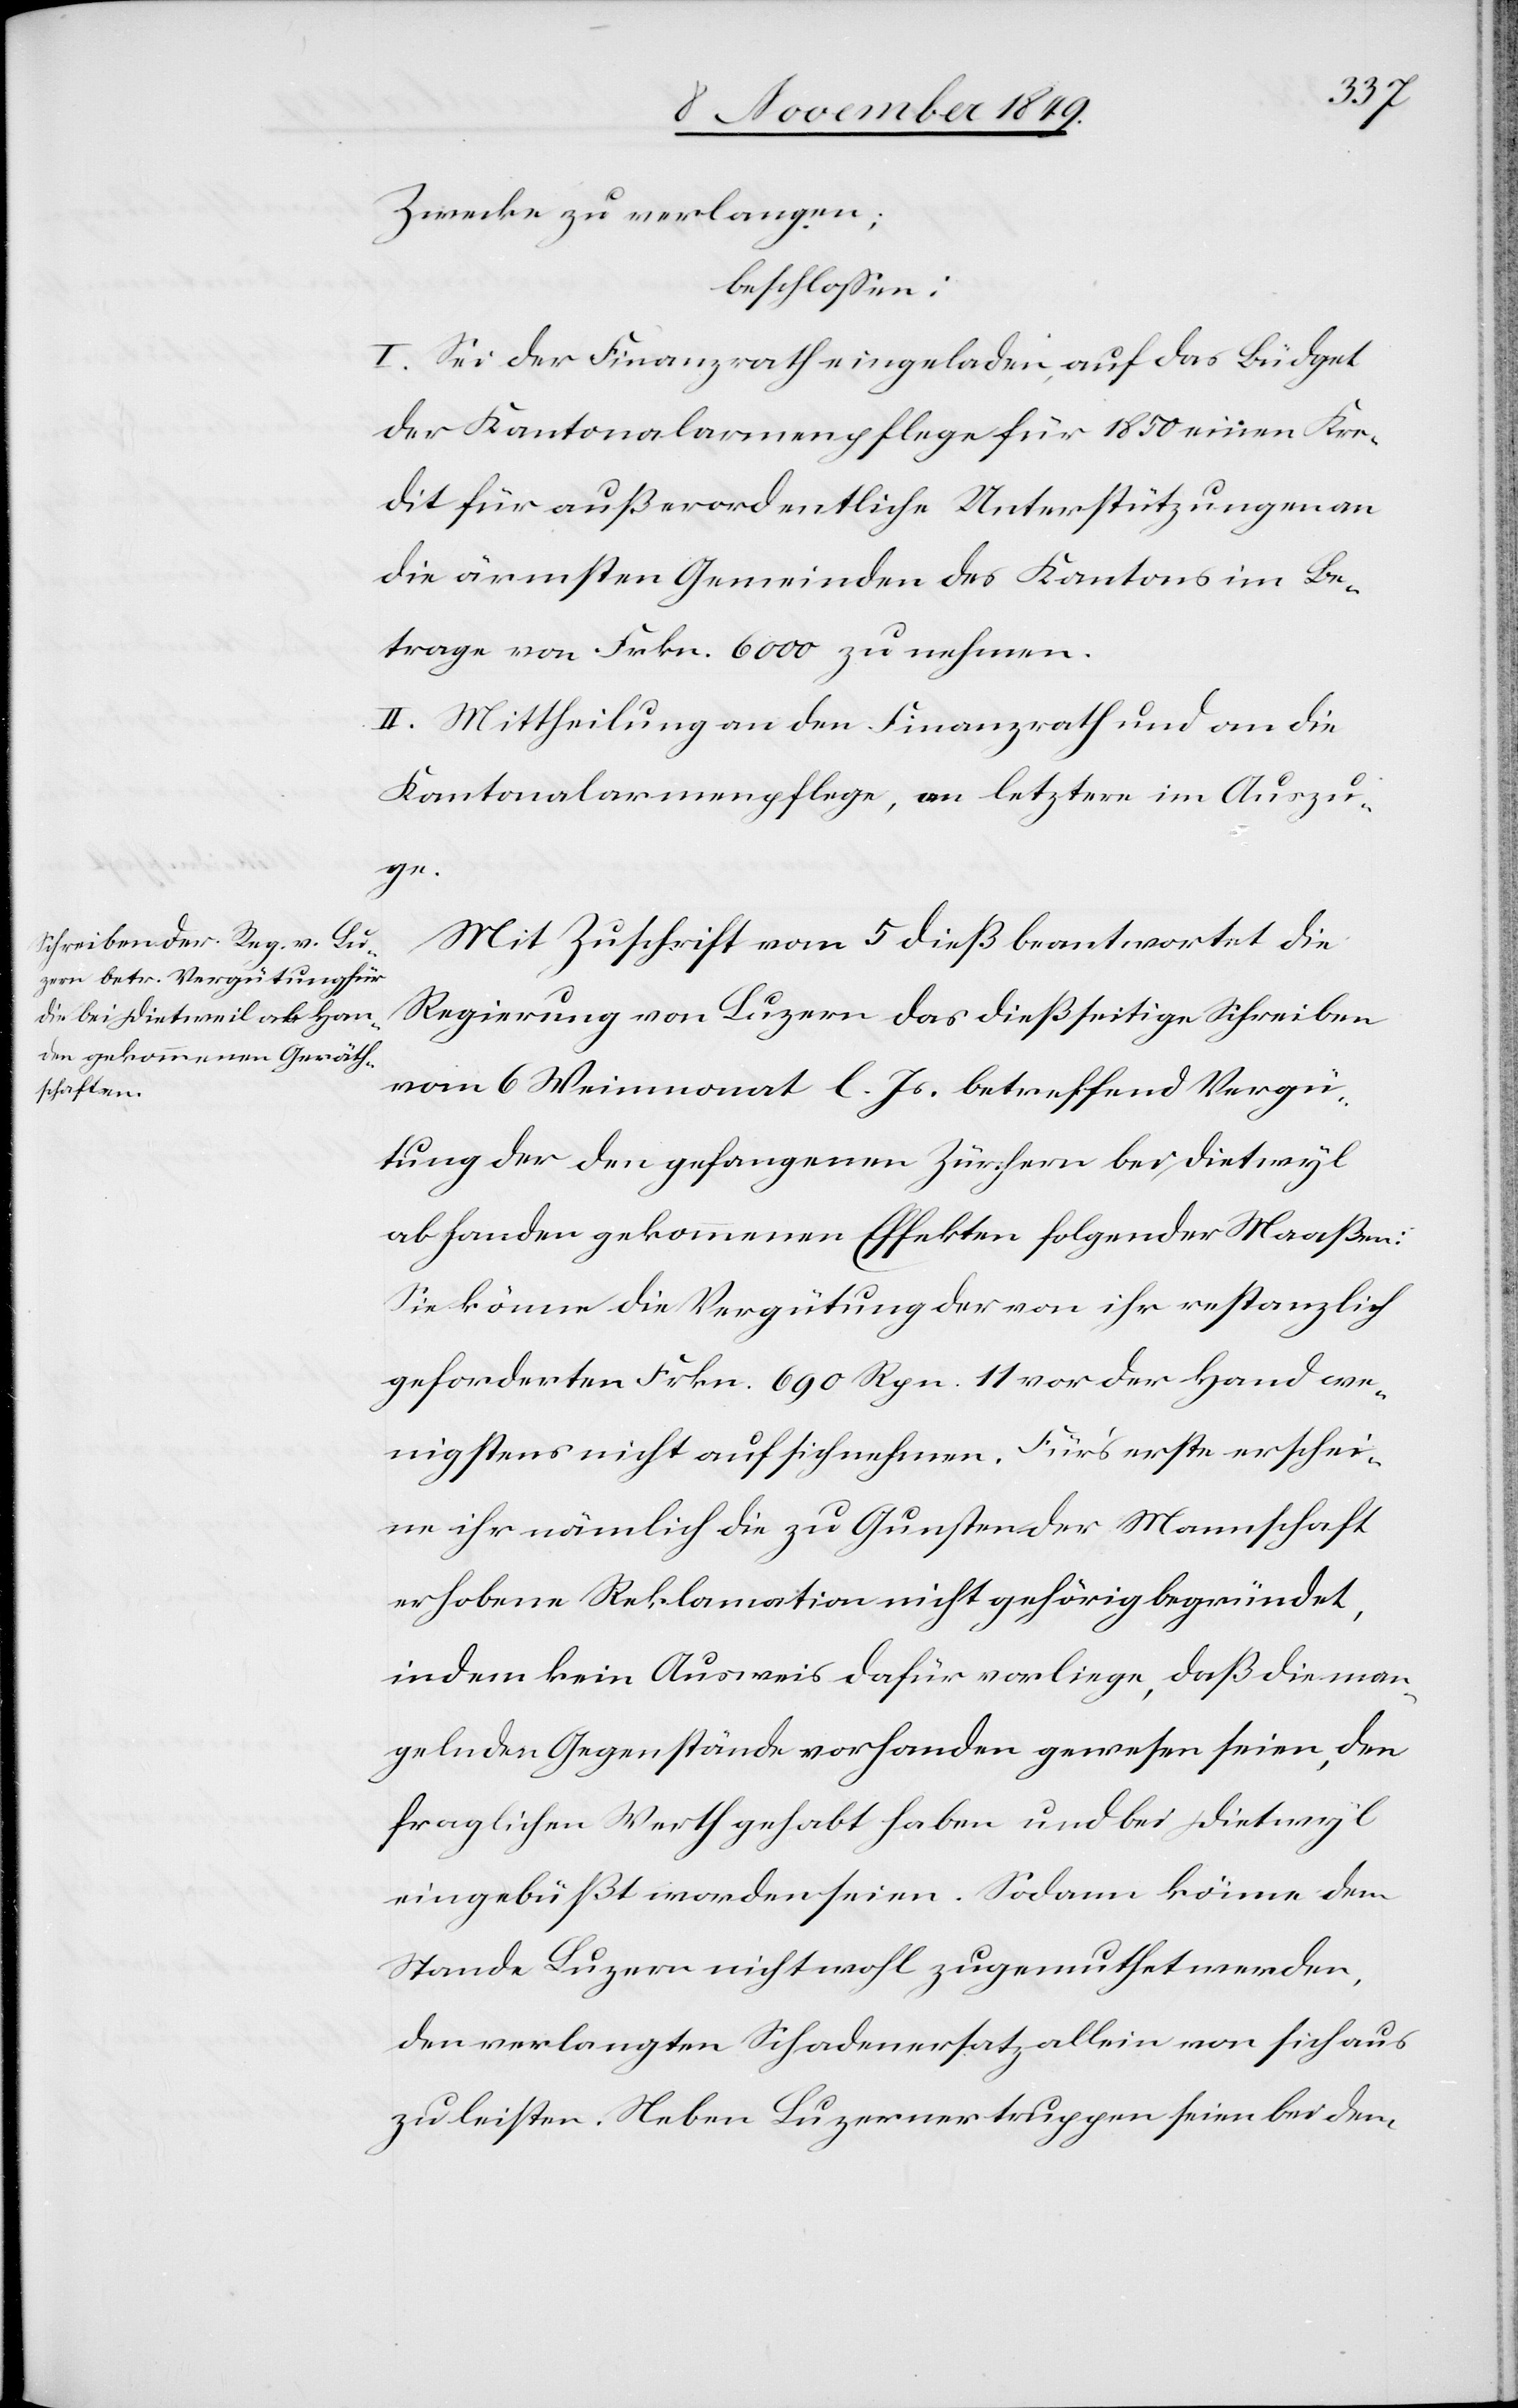
Zwecke zu verlangen;
beschloßen:
I. Sei der Finanzrath eingeladen, auf das Büdget
der Kantonalarmenpflege für 1850 einen Kre¬
dit für außerordentliche Unterstützungen an
die ärmsten Gemeinden des Kantons im Be¬
trag von Frkn. 6000 zu nehmen.
II. Mittheilung an den Finanzrath und an die
Kantonalarmenpflege, an letztere im Auszu¬
ge.
Mit Zuschrift vom 5 dieß beantwortet die
Regierung von Luzern das dießseitige Schreiben
vom 6 Weinmonat l. Js. betreffend Vegü¬
tung der den gefangenen Zürchern bei Dietwyl
ab Handen gekommenen Effekten folgender Maaßen:
Sie könne die Vergütung der von ihr erstinstanzlich
geforderten Frkn. 690 Rpn. 11 vor der Hand we¬
nigstens nicht auf sich nehmen. Für’s erste erschei¬
nen ihr nämlich die zu Gunsten der Mannschaft
erhobene Reklamation nicht gehörig begründet,
indem kein Ausweis dafür vorliege, daß die man¬
gelnden Gegenstände vorhanden gewesen seien, den
fraglichen Werth gehabt haben und bei Dietwyl
eingebüßt worden seien. Sodann könne dem
Stande Luzern nicht wohl zugemuthet werden,
den verlangten Schadenersatz allein von sich aus
zu leisten. Neben Luzernertruppen seien bei dem